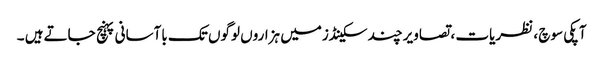
آپکی سوچ ، نظریات ، تصاویرچند سکینڈزمیں ہزاروں لوگوں تک باآسانی پہنچ جاتےہیں ۔